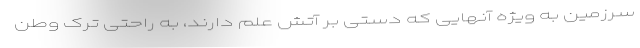
سرزمین به ویژه آنهایی که دستی بر آتش علم دارند، به راحتی ترک وطن